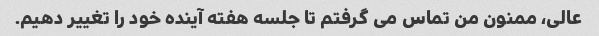
عالی، ممنون من تماس می گرفتم تا جلسه هفته آینده خود را تغییر دهیم.